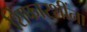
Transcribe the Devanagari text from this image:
शिफारशींना